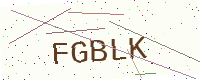
Text: FGBLK